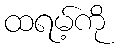
ထရမ့်ကို